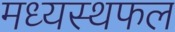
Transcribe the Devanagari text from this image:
मध्यस्थफल